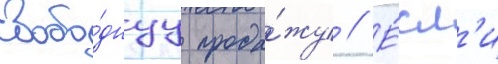
свобо́днуу прода́жу // Е́сл'и